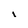
Character: I